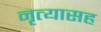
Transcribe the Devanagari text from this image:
नृत्यासह